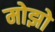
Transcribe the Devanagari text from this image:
मोझो